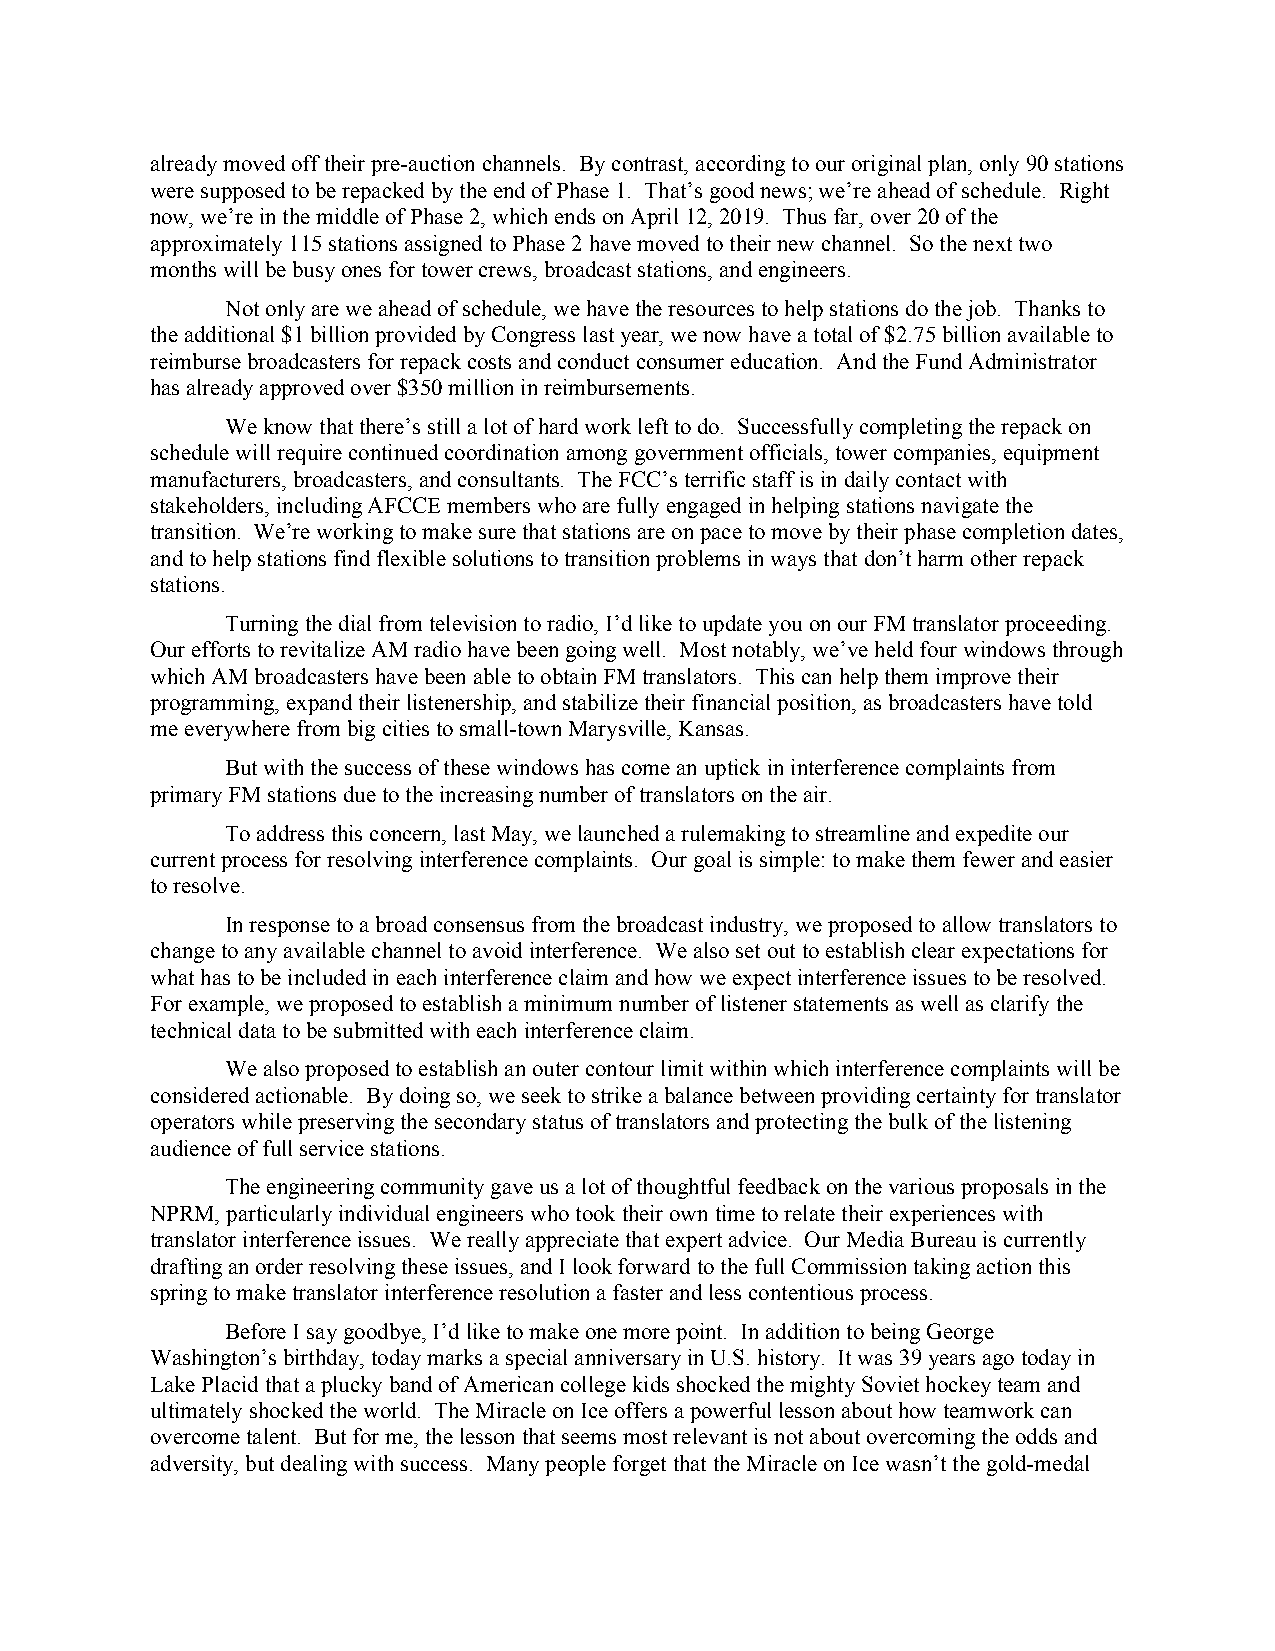
already moved off their pre-auction channels. By contrast, according to our original plan, only 90 stations
 were supposed to be repacked by the end of Phase 1. That’s good news; we’re ahead of schedule. Right
 now, we’re in the middle of Phase 2, which ends on April 12, 2019. Thus far, over 20 of the
 approximately 115 stations assigned to Phase 2 have moved to their new channel. So the next two
 months will be busy ones for tower crews, broadcast stations, and engineers.
 Not only are we ahead of schedule, we have the resources to help stations do the job. Thanks to
 the additional $1 billion provided by Congress last year, we now have a total of $2.75 billion available to
 reimburse broadcasters for repack costs and conduct consumer education. And the Fund Administrator
 has already approved over $350 million in reimbursements.
 We know that there’s still a lot of hard work left to do. Successfully completing the repack on
 schedule will require continued coordination among government officials, tower companies, equipment
 manufacturers, broadcasters, and consultants. The FCC’s terrific staff is in daily contact with
 stakeholders, including AFCCE members who are fully engaged in helping stations navigate the
 transition. We’re working to make sure that stations are on pace to move by their phase completion dates,
 and to help stations find flexible solutions to transition problems in ways that don’t harm other repack
 stations.
 Turning the dial from television to radio, I’d like to update you on our FM translator proceeding.
 Our efforts to revitalize AM radio have been going well. Most notably, we’ve held four windows through
 which AM broadcasters have been able to obtain FM translators. This can help them improve their
 programming, expand their listenership, and stabilize their financial position, as broadcasters have told
 me everywhere from big cities to small-town Marysville, Kansas.
 But with the success of these windows has come an uptick in interference complaints from
 primary FM stations due to the increasing number of translators on the air.
 To address this concern, last May, we launched a rulemaking to streamline and expedite our
 current process for resolving interference complaints. Our goal is simple: to make them fewer and easier
 to resolve.
 In response to a broad consensus from the broadcast industry, we proposed to allow translators to
 change to any available channel to avoid interference. We also set out to establish clear expectations for
 what has to be included in each interference claim and how we expect interference issues to be resolved.
 For example, we proposed to establish a minimum number of listener statements as well as clarify the
 technical data to be submitted with each interference claim.
 We also proposed to establish an outer contour limit within which interference complaints will be
 considered actionable. By doing so, we seek to strike a balance between providing certainty for translator
 operators while preserving the secondary status of translators and protecting the bulk of the listening
 audience of full service stations.
 The engineering community gave us a lot of thoughtful feedback on the various proposals in the
 NPRM, particularly individual engineers who took their own time to relate their experiences with
 translator interference issues. We really appreciate that expert advice. Our Media Bureau is currently
 drafting an order resolving these issues, and I look forward to the full Commission taking action this
 spring to make translator interference resolution a faster and less contentious process.
 Before I say goodbye, I’d like to make one more point. In addition to being George
 Washington’s birthday, today marks a special anniversary in U.S. history. It was 39 years ago today in
 Lake Placid that a plucky band of American college kids shocked the mighty Soviet hockey team and
 ultimately shocked the world. The Miracle on Ice offers a powerful lesson about how teamwork can
 overcome talent. But for me, the lesson that seems most relevant is not about overcoming the odds and
 adversity, but dealing with success. Many people forget that the Miracle on Ice wasn’t the gold-medal